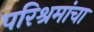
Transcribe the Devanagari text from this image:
परिश्रमांचा